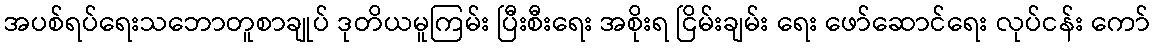
အပစ်ရပ်ရေးသဘောတူစာချုပ် ဒုတိယမူကြမ်း ပြီးစီးရေး အစိုးရ ငြိမ်းချမ်း ရေး ဖော်ဆောင်ရေး လုပ်ငန်း ကော်